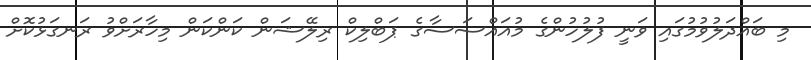
މި ބައްދަލުވުމުގައި ވަނީ ފުލުހުންގެ މުއައްސަސާގެ ޕަބްލިކް ރިލޭޝަން ކަންކަން މިހާރަށްވު ރަނގަޅުކޮށް